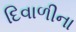
દિવાળીના